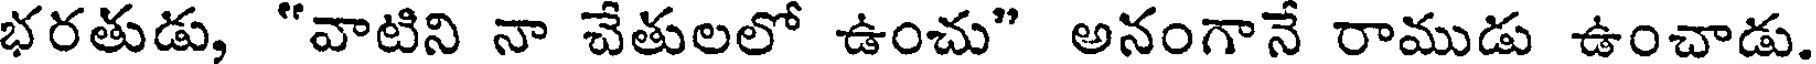
భరతుడు, "వాటిని నా చేతులలో ఉంచు" అనంగానే రాముడు ఉంచాడు.